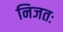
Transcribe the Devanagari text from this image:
निजतः